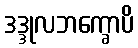
ဒဒ္ဒုလဘက္ခောပိ